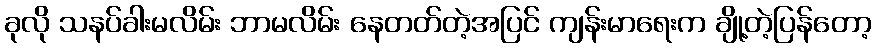
ခုလို သနပ်ခါးမလိမ်း ဘာမလိမ်း နေတတ်တဲ့အပြင် ကျန်းမာရေးက ချို့တဲ့ပြန်တော့